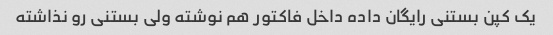
یک کپن بستنی رایگان داده داخل فاکتور هم نوشته ولی بستنی رو نذاشته